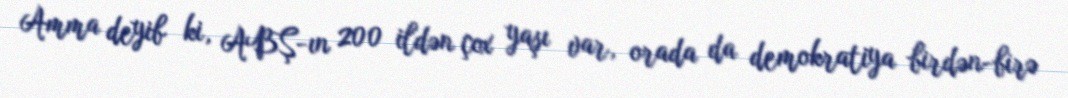
Amma deyib ki, ABŞ-ın 200 ildən çox yaşı var, orada da demokratiya birdən-birə